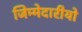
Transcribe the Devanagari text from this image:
जिम्मेदारीयो